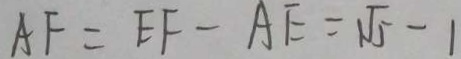
A F = E F - A E = \sqrt { 5 } - 1